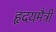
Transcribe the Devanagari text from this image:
हृदयमैत्री